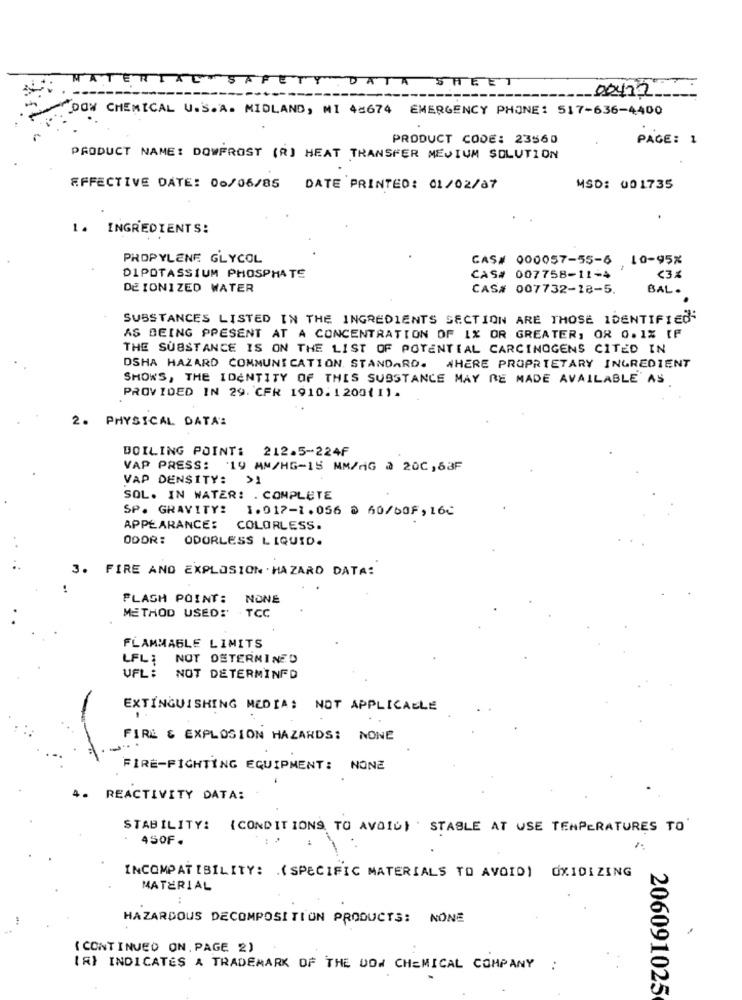
MATERIAL SAFETY DATA SHEET
00472
DOW CHEMICAL U.S.A. MIDLAND, MI 48674 EMERGENCY PHONE: 517-636-4400
PRODUCT CODE: 23560
PAGE: 1
PRODUCT NAME: DOWFROST (R) HEAT TRANSFER MEDIUM SOLUTION
EFFECTIVE DATE: 00/06/85
DATE PRINTED: 01/02/07
MSD: 001735
1. INGREDIENTS:
PROPYLENE GLYCOL
GAS# 000057-55-6 10-95%
DIPOTASSIUM PHOSPHATE
CAS# 007758-11-4
DE IONIZED WATER
CAS# 007732-18-5.
BAL.
SUBSTANCES LISTED IN THE INGREDIENTS SECTION ARE THOSE IDENTIFIED
AS BEING PRESENT AT A CONCENTRATION OF 1% OR GREATER, OR 0.1% [F
THE SUBSTANCE IS ON THE LIST OF POTENTIAL CARCINOGENS CITED IN
DSHA HAZARD COMMUNICATION. STANDARD. WHERE PROPRIETARY INGREDIENT
SHOWS, THE IDENTITY OF THIS SUBSTANCE MAY BE MADE AVAILABLE AS
PROVIDED IN 29. CFR 1910. 1 200{ 11.
2. PHYSICAL DATA:
BOILING POINT: 212.5-224F
VAP PRESS: 19 MM/HG-15 MM/HG @ 20C,63F
VAP DENSITY: >1
SOL. IN WATER: . COMPLETE
SP. GRAVITY: 1.017-1.056 0 60/60F,16₾
APPEARANCES
COLORLESS.
ODOR: ODORLESS LIQUID.
3. FIRE AND EXPLOSION . HAZARD DATA:
FLASH POINT:
NONE
METHOD USED: . TCC
FLAMMABLE LIMITS
LFL; NOT DETERMINED
UFL: NOT DETERMINFD
EXTINGUISHING MEDIA: NOT APPLICABLE
FIRE & EXPLOSION HAZARDS: NONE
FIRE-FIGHTING EQUIPMENT: NONE
4. REACTIVITY DATA:
STABILITY: [CONDITIONS TO AVOID) STABLE AT USE TEMPERATURES TO
450F.
INCOMPATIBILITY: ( SPECIFIC MATERIALS TO AVOID) OXIDIZING
MATERIAL
HAZARDOUS DECOMPOSITION PRODUCTS: NONE
( CONTINUED ON , PAGE 2)
(R) INDICATES A TRADEMARK OF THE DOW CHEMICAL COMPANY :
206091025